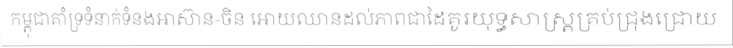
កម្ពុជាគាំទ្រទំនាក់ទំនងអាស៊ាន-ចិន អោយឈានដល់ភាពជាដៃគូរយុទ្ធសាស្ត្រគ្រប់ជ្រុងជ្រោយ